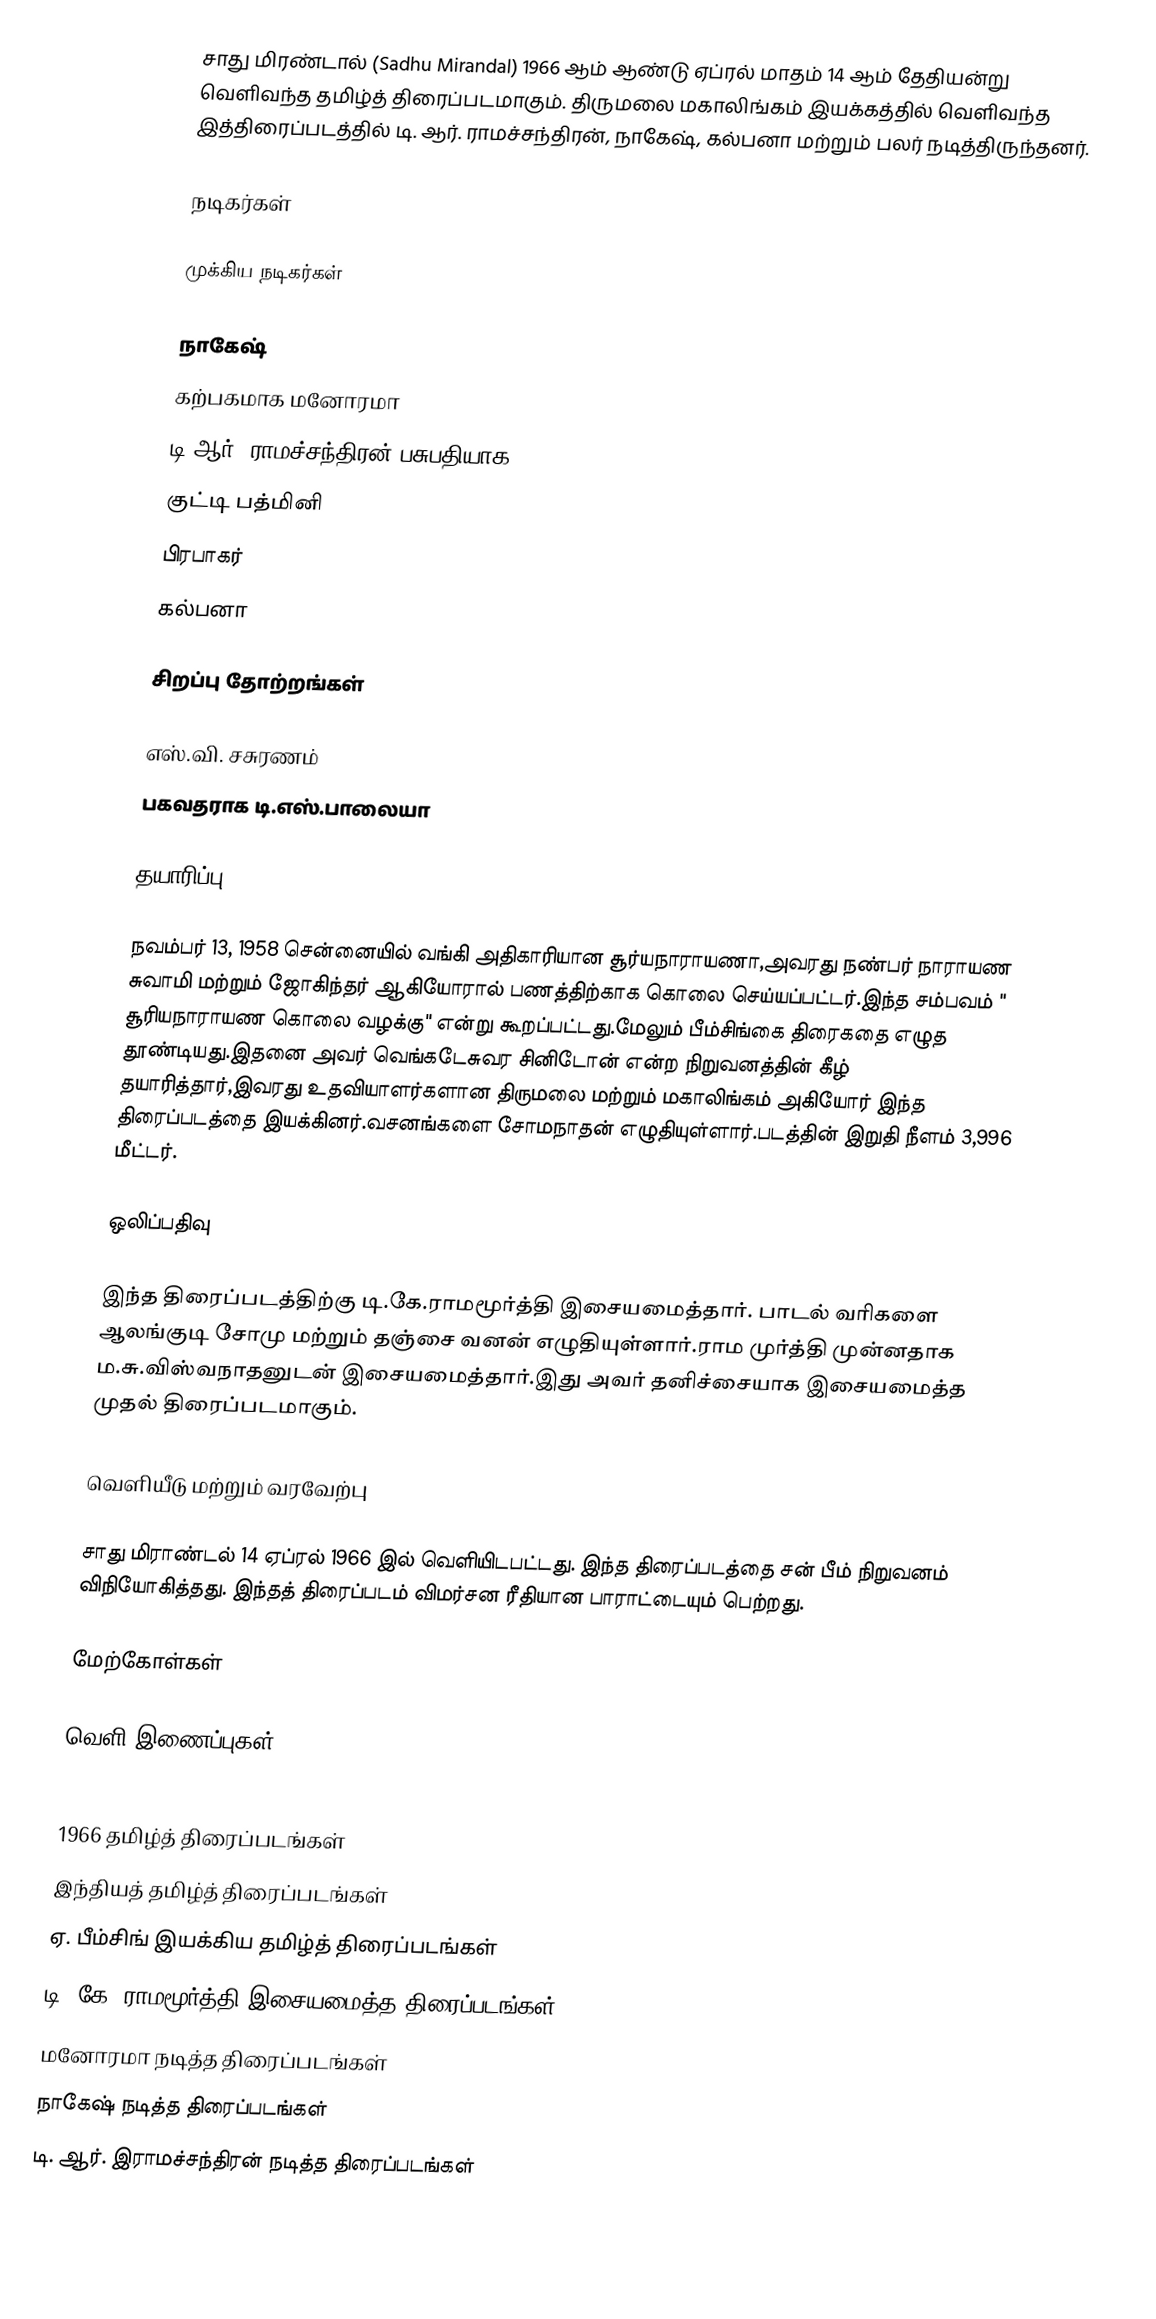
சாது மிரண்டால் (Sadhu Mirandal) 1966 ஆம் ஆண்டு ஏப்ரல் மாதம் 14 ஆம் தேதியன்று வெளிவந்த தமிழ்த் திரைப்படமாகும். திருமலை மகாலிங்கம் இயக்கத்தில் வெளிவந்த இத்திரைப்படத்தில் டி. ஆர். ராமச்சந்திரன், நாகேஷ், கல்பனா மற்றும் பலர் நடித்திருந்தனர்.

நடிகர்கள்

முக்கிய நடிகர்கள்

  நாகேஷ்
  கற்பகமாக மனோரமா
  டி.ஆர். ராமச்சந்திரன் பசுபதியாக
  குட்டி பத்மினி
  பிரபாகர்
 கல்பனா

சிறப்பு தோற்றங்கள்

 எஸ்.வி. சசுரணம்
 பகவதராக டி.எஸ்.பாலையா

தயாரிப்பு

நவம்பர் 13, 1958 சென்னையில் வங்கி அதிகாரியான சூர்யநாராயணா,அவரது நண்பர் நாராயண சுவாமி மற்றும் ஜோகிந்தர் ஆகியோரால் பணத்திற்காக  கொலை செய்யப்பட்டர்.இந்த சம்பவம் " சூரியநாராயண கொலை வழக்கு" என்று கூறப்பட்டது.மேலும் பீம்சிங்கை திரைகதை எழுத தூண்டியது.இதனை அவர் வெங்கடேசுவர சினிடோன் என்ற நிறுவனத்தின் கீழ் தயாரித்தார்,இவரது உதவியாளர்களான திருமலை மற்றும் மகாலிங்கம் அகியோர் இந்த திரைப்படத்தை இயக்கினர்.வசனங்களை சோமநாதன் எழுதியுள்ளார்.படத்தின் இறுதி நீளம் 3,996 மீட்டர்.

ஒலிப்பதிவு

இந்த திரைப்படத்திற்கு டி.கே.ராமமூர்த்தி இசையமைத்தார். பாடல் வரிகளை ஆலங்குடி சோமு மற்றும் தஞ்சை வனன் எழுதியுள்ளார்.ராம முர்த்தி முன்னதாக ம.சு.விஸ்வநாதனுடன் இசையமைத்தார்.இது அவர் தனிச்சையாக இசையமைத்த முதல் திரைப்படமாகும்.

வெளியீடு மற்றும் வரவேற்பு

சாது மிராண்டல் 14 ஏப்ரல் 1966 இல் வெளியிடபட்டது. இந்த திரைப்படத்தை சன் பீம் நிறுவனம் விநியோகித்தது. இந்தத்  திரைப்படம் விமர்சன ரீதியான பாராட்டையும் பெற்றது.

மேற்கோள்கள்

வெளி இணைப்புகள்

1966 தமிழ்த் திரைப்படங்கள்
இந்தியத் தமிழ்த் திரைப்படங்கள்
ஏ. பீம்சிங் இயக்கிய தமிழ்த் திரைப்படங்கள்
டி. கே. ராமமூர்த்தி இசையமைத்த திரைப்படங்கள்
மனோரமா நடித்த திரைப்படங்கள்
நாகேஷ் நடித்த திரைப்படங்கள்
டி. ஆர். இராமச்சந்திரன் நடித்த திரைப்படங்கள்